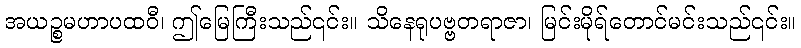
အယဉ္စမဟာပထဝီ၊ ဤမြေကြီးသည်၎င်း။ သိနေရုပဗ္ဗတရာဇာ၊ မြင်းမိုရ်တောင်မင်းသည်၎င်း။